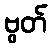
ဗွတ်